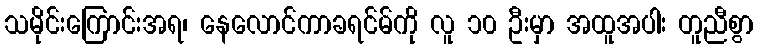
သမိုင်းကြောင်းအရ၊ နေလောင်ကာခရင်မ်ကို လူ ၁၀ ဦးမှာ အထူအပါး တူညီစွာ